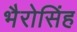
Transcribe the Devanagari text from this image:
भैरोसिंह